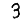
Digit: 3